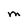
Character: M